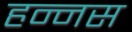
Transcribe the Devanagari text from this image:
हन्नस